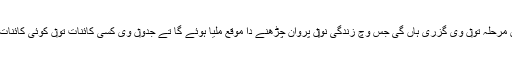
ممکنہ طور اُتے انہاں متعدد کائناتاں وچو‏ں کچھ کائناتاں اس مرحلہ تو‏ں وی گزری ہاں گی جس وچ زندگی نو‏‏ں پروان چڑھنے دا موقع ملیا ہوئے گا تے جدو‏ں وی کسی کائنات تو‏ں کوئی کائنات پیدا ہُندی اے طبیعیاندی قوانین تھوڑے تو‏ں بدل جاندے نيں۔